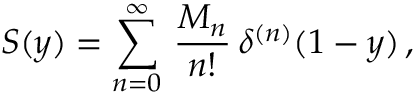
S ( y ) = \sum _ { n = 0 } ^ { \infty } \, { \frac { M _ { n } } { n ! } } \, \delta ^ { ( n ) } ( 1 - y ) \, ,